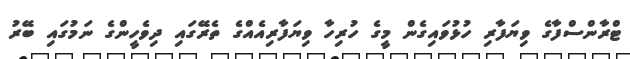
ޓްރާންސްފާގެ ވިޔަފާރި ހުޅުވައިގެން މީގެ ހުރިހާ ވިޔަފާރިއެއްގެ ތެރޭގައި ދިވެހީންގެ ނަމުގައި ބޭރު